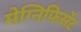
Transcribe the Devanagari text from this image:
मेग्निफिसेंट